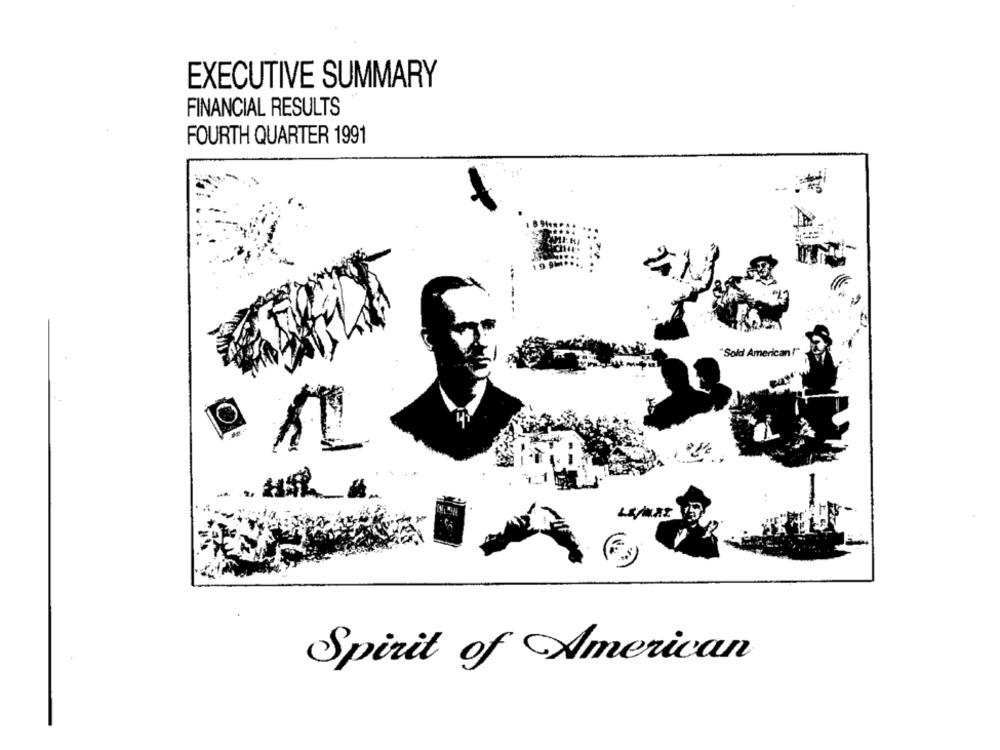
EXECUTIVE SUMMARY
FINANCIAL RESULTS
FOURTH QUARTER 1991
Sold American !
-
Spirit of American